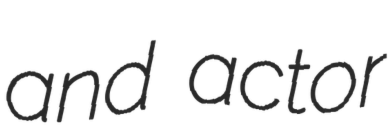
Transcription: and actor